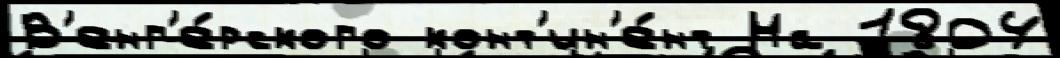
В'енг'е́рского конт'ин'е́нт На 1804